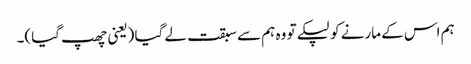
ہم اس کے مارنے کو لپکے تو وہ ہم سے سبقت لے گیا (یعنی چھپ گیا)۔